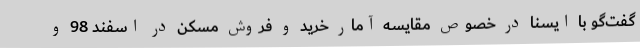
گفت‌گو با ایسنا در خصوص مقایسه آمار خرید و فروش مسکن در اسفند 98 و